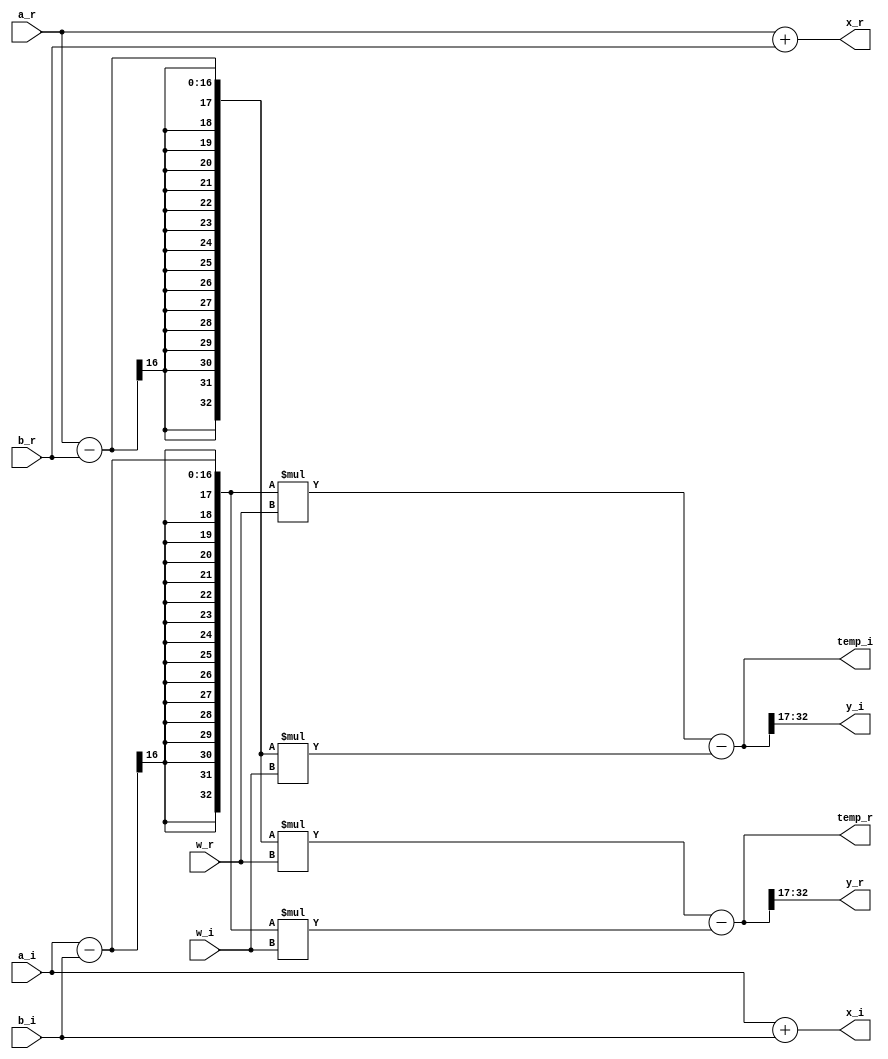
module complexmulttrial2(
input [15:0] a_r,
input [15:0] a_i,
input [15:0] b_r,
input [15:0] b_i,
input [15:0] w_r,
input [15:0] w_i,
output [15:0] x_r,
output [15:0] x_i,
output [15:0] y_r,
output [15:0] y_i,
output [32:0] temp_r,
output [32:0] temp_i);


wire [32:0] temp_r_r;
wire [32:0] temp_i_i;

assign x_r = a_r + b_r;
assign x_i = a_i + b_i;
assign temp_r_r=a_r-b_r;
assign temp_i_i=a_i-b_i;
assign temp_r=(temp_r_r)*(w_r) - (temp_i_i)*(w_i);
assign temp_i=(temp_i_i)*(w_r) - (temp_r_r)*(w_i);

/*always @ (*) begin
if(temp_r[32:11]>16'b0111111111111111)begin
assign y_r = 16'b0111111111111111;
end
else if (temp_r[32:11]<16'b1000000000000000)begin
assign y_r = 16'b1000000000000000;
end
else begin
assign y_r = 
end
end*/


assign y_r[15:0] = temp_r[32:17];
assign y_i[15:0] = temp_i[32:17];



endmodule